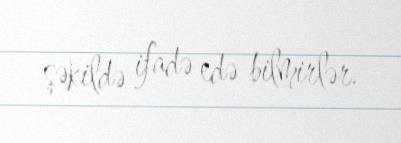
şəkildə ifadə edə bilmirlər.